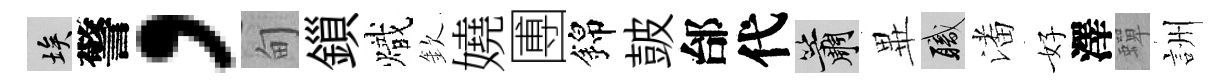
埃警，甸鎻熾欽嬈圑錦皷邰代簫𭺾職潘好澤蟬詶